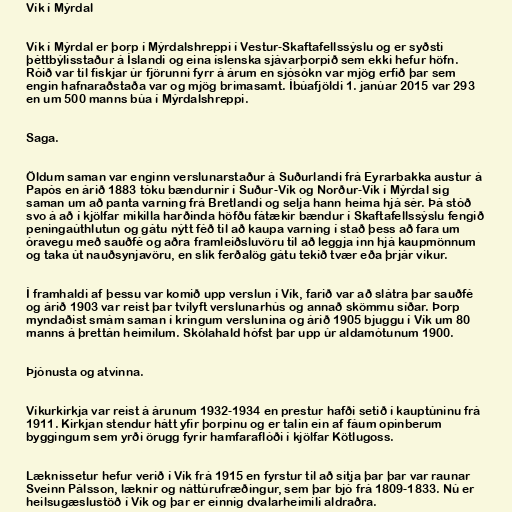
Vík í Mýrdal

Vík í Mýrdal er þorp í Mýrdalshreppi í Vestur-Skaftafellssýslu og er syðsti
þéttbýlisstaður á Íslandi og eina íslenska sjávarþorpið sem ekki hefur höfn.
Róið var til fiskjar úr fjörunni fyrr á árum en sjósókn var mjög erfið þar sem
engin hafnaraðstaða var og mjög brimasamt. Íbúafjöldi 1. janúar 2015 var 293
en um 500 manns búa í Mýrdalshreppi.

Saga.

Öldum saman var enginn verslunarstaður á Suðurlandi frá Eyrarbakka austur á
Papós en árið 1883 tóku bændurnir í Suður-Vík og Norður-Vík í Mýrdal sig
saman um að panta varning frá Bretlandi og selja hann heima hjá sér. Þá stóð
svo á að í kjölfar mikilla harðinda höfðu fátækir bændur í Skaftafellssýslu fengið
peningaúthlutun og gátu nýtt féð til að kaupa varning í stað þess að fara um
óravegu með sauðfé og aðra framleiðsluvöru til að leggja inn hjá kaupmönnum
og taka út nauðsynjavöru, en slík ferðalög gátu tekið tvær eða þrjár vikur.

Í framhaldi af þessu var komið upp verslun í Vík, farið var að slátra þar sauðfé
og árið 1903 var reist þar tvílyft verslunarhús og annað skömmu síðar. Þorp
myndaðist smám saman í kringum verslunina og árið 1905 bjuggu í Vík um 80
manns á þrettán heimilum. Skólahald hófst þar upp úr aldamótunum 1900.

Þjónusta og atvinna.

Víkurkirkja var reist á árunum 1932-1934 en prestur hafði setið í kauptúninu frá
1911. Kirkjan stendur hátt yfir þorpinu og er talin ein af fáum opinberum
byggingum sem yrði örugg fyrir hamfaraflóði í kjölfar Kötlugoss.

Læknissetur hefur verið í Vík frá 1915 en fyrstur til að sitja þar þar var raunar
Sveinn Pálsson, læknir og náttúrufræðingur, sem þar bjó frá 1809-1833. Nú er
heilsugæslustöð í Vík og þar er einnig dvalarheimili aldraðra.